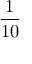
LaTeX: \frac { 1 } { 1 0 }